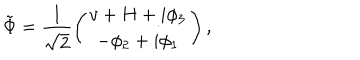
\tilde { \Phi } = \frac { 1 } { \sqrt { 2 } } \left( \begin{array} { c } { { v + H + i \phi _ { 3 } } } \\ { { - \phi _ { 2 } + i \phi _ { 1 } } } \\ \end{array} \right) ,